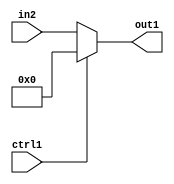
`timescale 1ps / 1ps
/*****************************************************************************
    Verilog RTL Description
    
    
    Created by: Stratus DpOpt 21.05.01 
*******************************************************************************/

module dut_N_Mux_6_2_50_4 (
	in2,
	ctrl1,
	out1
	); /* architecture "behavioural" */ 
input [5:0] in2;
input  ctrl1;
output [5:0] out1;
wire [5:0] asc001;

reg [5:0] asc001_tmp_0;
assign asc001 = asc001_tmp_0;
always @ (ctrl1 or in2) begin
	case (ctrl1)
		1'B1 : asc001_tmp_0 = 6'B000000 ;
		default : asc001_tmp_0 = in2 ;
	endcase
end

assign out1 = asc001;
endmodule

/* CADENCE  uLTxTwo= : u9/ySxbfrwZIxEzHVQQV8Q== ** DO NOT EDIT THIS LINE ******/